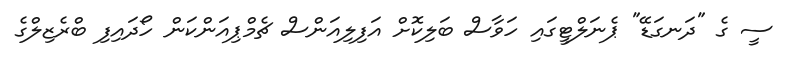
ސީ ގެ "ދަނގަޑޭ" ޕެނަލްޓީގައި ހަވާސް ބަލިކޮށް އަފިލިއަންސް ޗެމްޕިއަންކަން ހޯދައިފި ބްރެޒިލްގެ